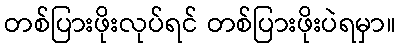
တစ်ပြားဖိုးလုပ်ရင် တစ်ပြားဖိုးပဲရမှာ။